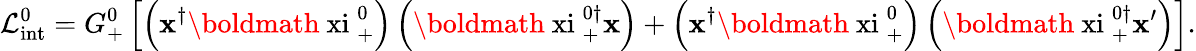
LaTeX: {\cal L}_{\mathrm{int}}^{0}=G_{+}^{0}\left[\left({\mathbf x}^{\dagger}\mathrm{\boldmath~xi~}_{+}^{0}\right)\left(\mathrm{\boldmath~xi~}_{+}^{0\dagger}{\mathbf x}\right)+\left({\mathbf x}^{\dagger}\mathrm{\boldmath~xi~}_{+}^{0}\right)\left(\mathrm{\boldmath~xi~}_{+}^{0\dagger}{\mathbf x}^{\prime}\right)\right].